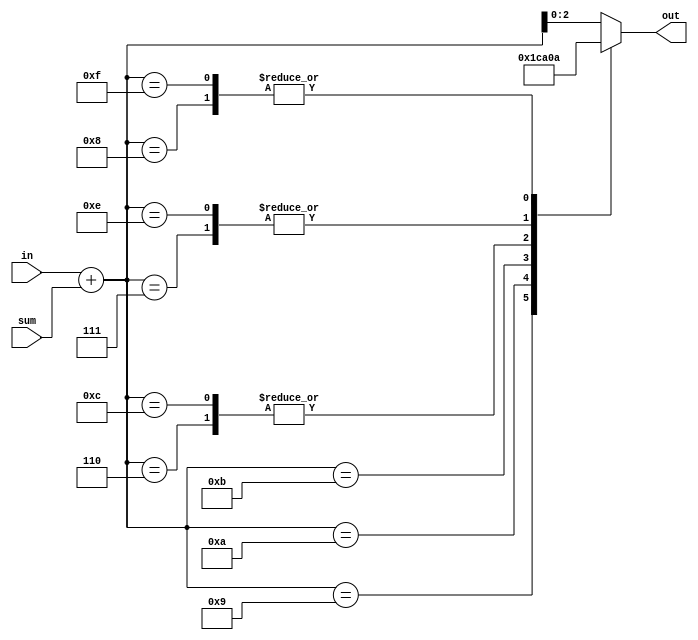
module jt12_mod6
(
	input		[2:0]	in, 
	input		[2:0]	sum,
	output	reg [2:0]	out	
);
reg	[3:0] aux;
always @(*) begin
	aux <= in+sum;
	case( aux )
		4'd6:	out <= 3'd0;
		4'd7:	out <= 3'd1;
		4'd8:	out <= 3'd2;
		4'd9:	out <= 3'd3;
		4'ha:	out <= 3'd4;
		4'hb:	out <= 3'd5;
		4'hc:	out <= 3'd0;
		4'he:	out <= 3'd1;
		4'hf:	out <= 3'd2;
		default:	out <= aux;
	endcase
end
endmodule